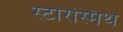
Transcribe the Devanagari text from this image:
स्टारस्मिथ